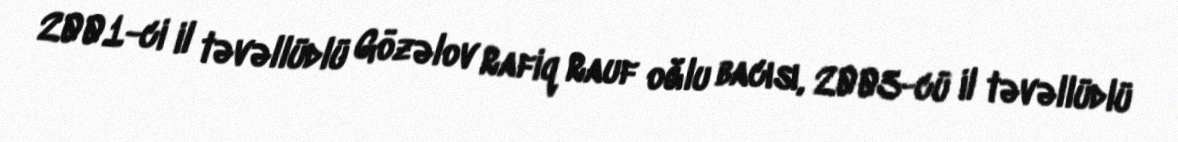
2001-ci il təvəllüdlü Gözəlov Rafiq Rauf oğlu bacısı, 2003-cü il təvəllüdlü